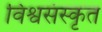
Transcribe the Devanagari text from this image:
विश्वसंस्कृत